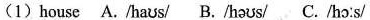
(1)house A./haʊs/ B./həʊs/ C./hɔ:s/